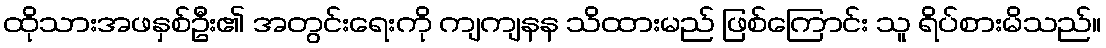
ထိုသားအဖနှစ်ဦး၏ အတွင်းရေးကို ကျကျနန သိထားမည် ဖြစ်ကြောင်း သူ ရိပ်စားမိသည်။